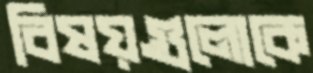
বিষয়গুলোকে